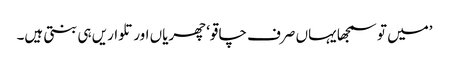
’میں تو سمجھا یہاں صرف چاقو‘ چھریاں اور تلواریں ہی بنتی ہیں۔